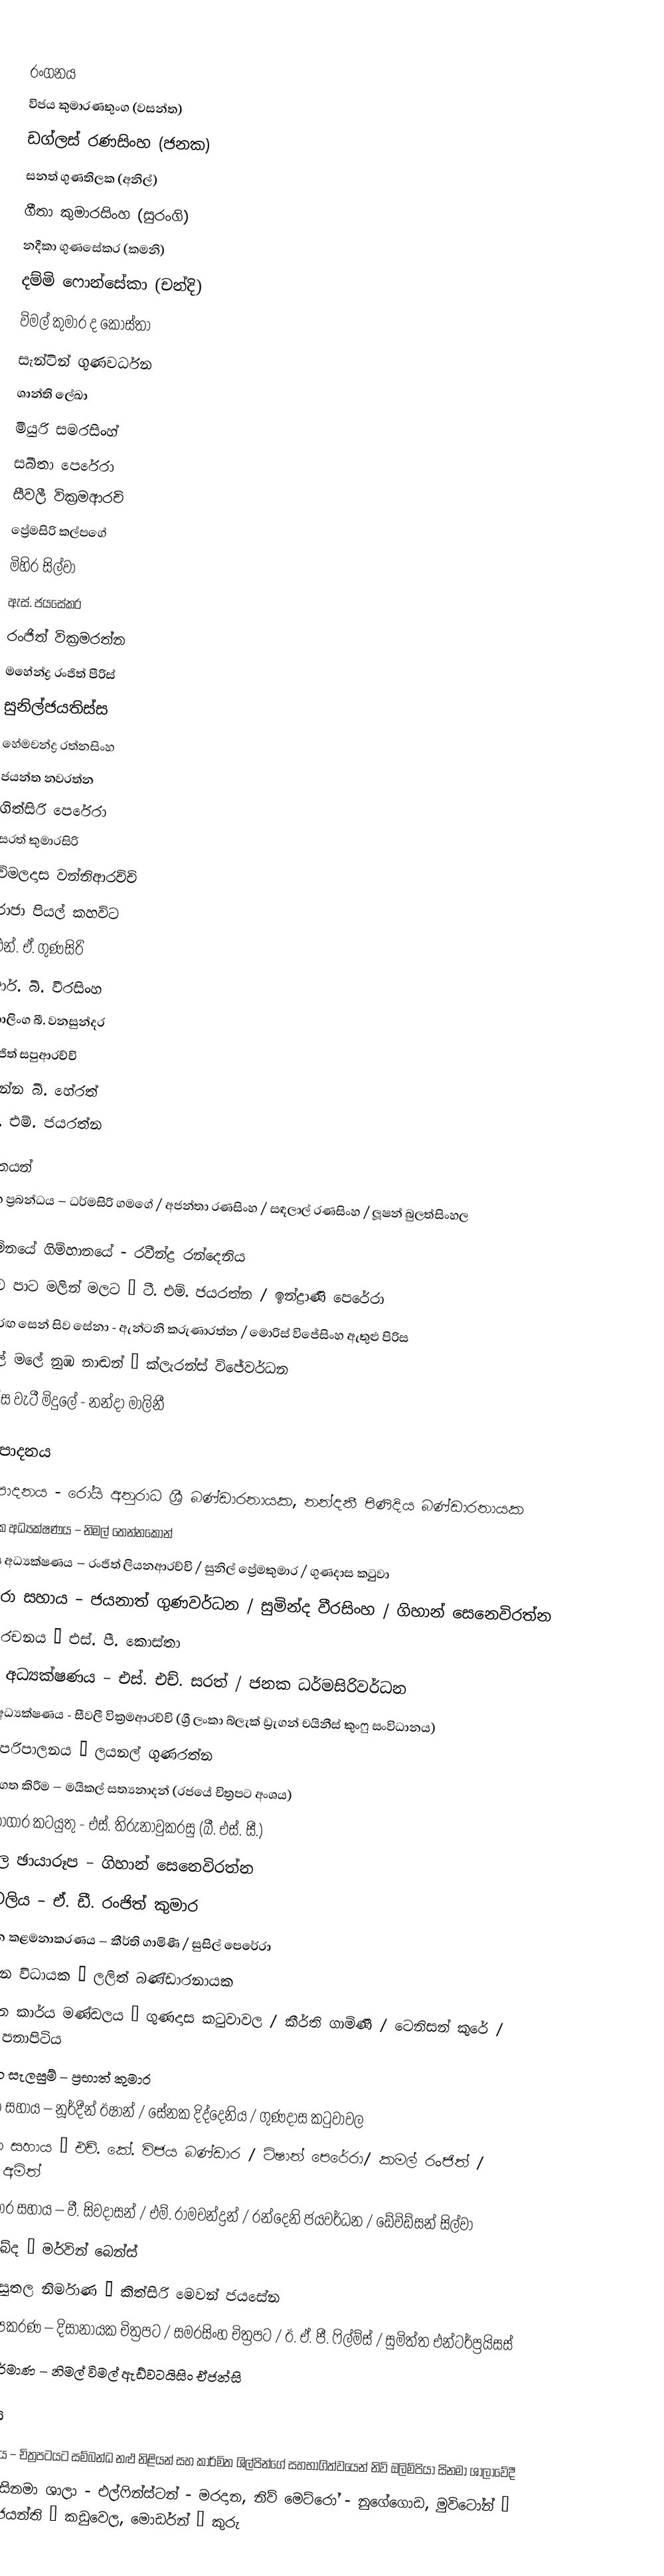

රංගනය
විජය කුමාරණතුංග (වසන්ත)
ඩග්ලස් රණසිංහ (ජනක)
සනත් ගුණතිලක (අනිල්)
ගීතා කුමාරසිංහ (සුරංගි)
නදීකා ගුණසේකර (කමනි)
දම්මි ෆොන්සේකා (චන්දි)
විමල් කුමාර ද කොස්තා
සැන්ටින් ගුණවර්ධන
ශාන්ති ලේඛා
මියුරි සමරසිංහ්
සබීතා පෙරේරා
සීවලී වික්‍රමආරචි
ප්‍රේමසිරි කල්පගේ
මිහිර සිල්වා
ඇස්. ජයසේකර
රංජිත් වික්‍රමරත්න
මහේන්ද්‍ර රංජිත් පීරිස්
සුනිල්ජයතිස්ස
හේමචන්ද්‍ර රත්නසිංහ
ජයන්ත නවරත්න
ගිත්සිරි පෙරේරා
සරත් කුමාරසිරි
විමලදාස වන්නිආරච්චි
රාජා පියල් කහවිට
එන්. ඒ. ගුණසිරි
ආර්. බී. වීරසිංහ
කාලිංග බී. වනසුන්දර
අජිත් සපුආරච්චි
චන්න බී. හේරත්
ටී. එම්. ජයරත්න

ගීතයන්
ගීත ප්‍රබන්ධය – ධර්මසිරි ගමගේ / අජන්තා රණසිංහ / සඳලාල් රණසිංහ / ලූෂන් බුලත්සිංහල

නිම්නයේ ගිම්හානයේ - රවීන්ද්‍ර රන්දෙනිය
පාට පාට මලින් මලට – ටී. එම්. ජයරත්න / ඉන්ද්‍රාණි පෙරේරා
සිව්රඟ සෙන් සිව සේනා - ඇන්ටනි කරුණාරත්න / මොරිස් විජේසිංහ ඇතුළු පිරිස
මලේ මලේ නුඹ නාඬන් – ක්ලැරන්ස් විජේවර්ධන
වැස්ස වැටී මිදුලේ - නන්දා මාලිනී

නිෂ්පාදනය
නිෂ්පාදනය - රෝයි අනුරාධ ශ්‍රී බණ්ඩාරනායක, නන්දනී පිණිදිය බණ්ඩාරනායක
කාර්මික අධ්‍යක්ෂණය – නිමල් තෙන්නකෝන්
සහාය අධ්‍යක්ෂණය – රංජිත් ලියනආරච්චි / සුනිල් ප්‍රේමකුමාර / ගුණදාස කටුුවා
කැමරා සහාය – ජයනාත් ගුණවර්ධන / සුමින්ද වීරසිංහ / ගිහාන් සෙනෙවිරත්න
අංග රචනය – එස්. පී. කොස්තා
කලා අධ්‍යක්ෂණය – එස්. එච්. සරත් / ජනක ධර්මසිරිවර්ධන
සටන් අධ්‍යක්ෂණය - සීවලී වික්‍රමආරච්චි (ශ්‍රී ලංකා බ්ලැක් ඩ්‍රැගන් චයිනීස් කුංෆු සංවිධානය)
ශබ්ද පරිපාලනය – ලයනල් ගුණරත්න
ගීත පටිගත කිරීම – මයිකල් සත්‍යනාදන් (රජයේ චිත්‍රපට අංශය)
රසායනාගාර කටයුතු - එස්. තිරුනාවුකරසු (බී. එස්. සී.)
නිශ්චල ඡායාරූප – ගිහාන් සෙනෙවිරත්න
නාමාවලිය – ඒ. ඩී. රංජිත් කුමාර
නිෂ්පාදන කළමනාකරණය – කීර්ති ගාමිණී / සුසිල් පෙරේරා
නිෂ්පාදන විධායක – ලලිත් බණ්ඩාරනායක
නිෂ්පාදන කාර්ය මණ්ඩලය – ගුණදාස කටුවාවල / කීර්ති ගාමිණී / ටෙනිසන් කුරේ / රන්ජිත් පනාපිටිය
නිෂ්පාදන සැලසුම් – ප්‍රභාත් කුමාර
නිෂ්පාදන සහාය – නූර්දීන් ඊෂාන් / සේනක දිද්දෙනිය / ගුණදාස කටුවාවල
කාර්මික සහාය – එච්. කේ. විජය බණ්ඩාර / ටිෂාන් පෙරේරා/ කමල් රංජිත් / ෆයිසාල් අමිත්
රසායනාගාර සහාය – වී. සිවදාසන් / එම්. රාමචන්ද්‍රන් / රන්දෙනි ජයවර්ධන / ඩේවිඩ්සන් සිල්වා
විශේෂ ශබ්ද – මර්වින් බෙන්ස්
විශේෂ පසුතල නිර්මාණ – කිත්සිරි මෙවන් ජයසේන
කාර්මික උපකරණ – දිසානායක චිත්‍රපට / සමරසිංහ චිත්‍රපට / ඊ. ඒ. පී. ෆිල්ම්ස් / සුමිත්ත එන්ටර්ප්‍රයිසස්
ප්‍රචාරක නිර්මාණ – නිමල් විමල් ඇඩ්වටයිසිං ඒජන්සි

ප්‍රදර්ශනය
මංගල දර්ශනය – චිත්‍රපටයට සම්බන්ධ නළු නිළියන් සහ කාර්මිත ශිල්පින්ගේ සහභාගිත්වයෙන් නිව් ඔලිම්පියා සිනමා ශාලාවේදී
ආරම්භක සිනමා ශාලා - එල්ෆින්ස්ටන් - මරදාන, නිව් මෙට්රෝ - නුගේගොඩ, මුවිටෝන් – දළුගම, විජයන්ති – කඩුවෙල, මොඩර්න් – කුරු